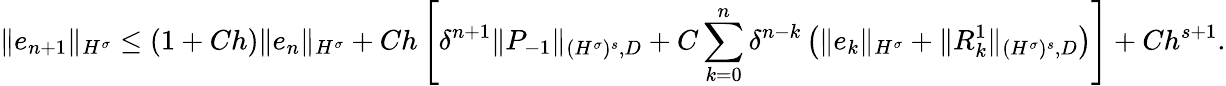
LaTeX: \| e_{n+1}\| _{H^{\sigma}}\leq(1+Ch)\| e_{n}\| _{H^{\sigma}}+Ch\left[\delta^{n+1}\| P_{-1}\| _{{(H^{\sigma})^{s}},D}+C\sum_{k=0}^{n}\delta^{n-k}\left(\| e_{k}\| _{H^{\sigma}}+\| R_{k}^{1}\| _{{(H^{\sigma})^{s}},D}\right)\right]+Ch^{s+1}.